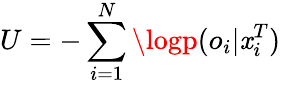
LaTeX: U=-\sum_{i=1}^{N}\logp(o_{i}|\mathit{x}_{i}^{T})